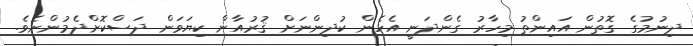
ދިނުމުގެ ގޮތުން އައިންތު މިހާރު ގެންދަނީ އެހެން ކުދިންނަށް ޤުރުއާން ކިޔަވަން ދަސްކޮށްދެމުންނެވެ.